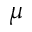
\mu